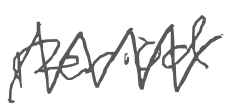
Text: period
Cross-out: zig-zag
Writing tool: digital_gray